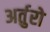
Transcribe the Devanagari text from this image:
अर्तुरो